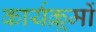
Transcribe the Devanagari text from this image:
कार्यक्र्रमों